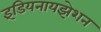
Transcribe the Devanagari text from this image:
इंडियनायझेशन